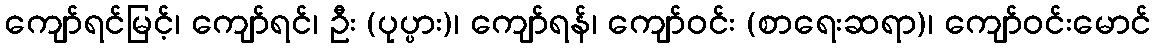
ကျော်ရင်မြင့်၊ ကျော်ရင်၊ ဦး (ပုပ္ပား)၊ ကျော်ရန်၊ ကျော်ဝင်း (စာရေးဆရာ)၊ ကျော်ဝင်းမောင်